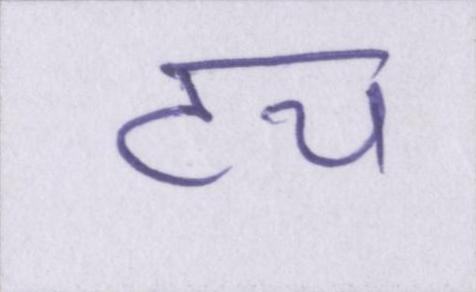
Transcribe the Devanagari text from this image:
टच